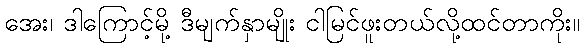
အေး၊ ဒါကြောင့်မို့ ဒီမျက်နှာမျိုး ငါမြင်ဖူးတယ်လို့ထင်တာကိုး။